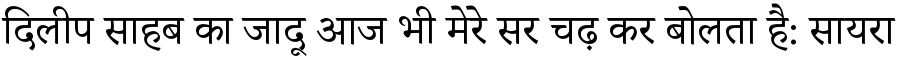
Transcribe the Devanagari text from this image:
दिलीप साहब का जादू आज भी मेरे सर चढ़ कर बोलता है: सायरा